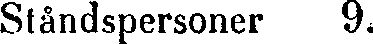
Ståndspersoner 9.